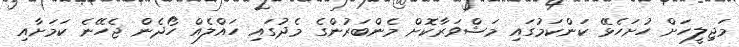
މަޖިލީހަށް ހުށަހެޅޭ ކަންކަމުގައި މަޝްވަރާކޮށް މެންބަރުންގެ މެދުގައި ހައްލެއް ހޯދެން ޖެހޭނެ ކަމަށާއި